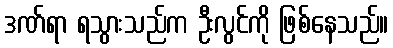
ဒဏ်ရာ ရသွားသည်က ဦးလွင်ကို ဖြစ်နေသည်။